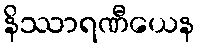
နိဿာရဏီယေန